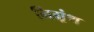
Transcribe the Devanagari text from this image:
निग्र्रंथ